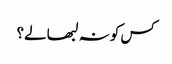
کس کو نہ لبھا لے؟